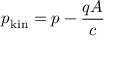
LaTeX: p _ { \mathrm { k i n } } = p - { \frac { q A } { c } } \,